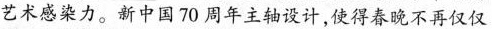
艺术感染力。新中国70周年主轴设计，使得春晚不再仅仅